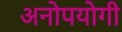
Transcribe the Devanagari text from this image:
अनोपयोगी